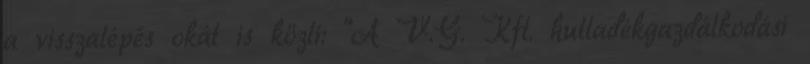
a visszalépés okát is közli: "A V.G. Kft. hulladékgazdálkodási